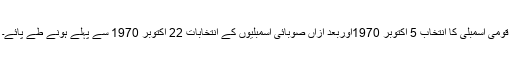
قومی اسمبلی کا انتخاب 5 اکتوبر 1970اوربعد ازاں صوبائی اسمبلیوں کے انتخابات 22 اکتوبر 1970 سے پہلے ہونے طے پائے۔